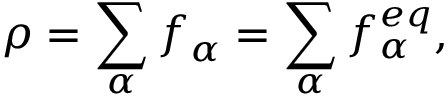
\rho = \sum _ { \alpha } f _ { \alpha } = \sum _ { \alpha } f _ { \alpha } ^ { e q } ,